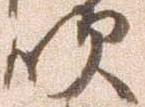
吹